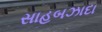
સાહબઝાદા